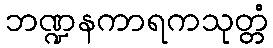
ဘဏ္ဍနကာရကသုတ္တံ